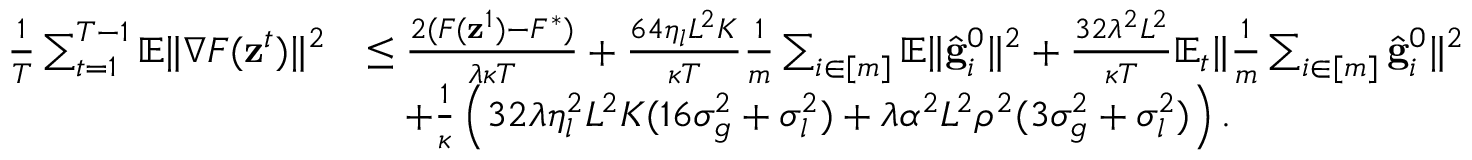
\begin{array} { r l } { \frac { 1 } { T } \sum _ { t = 1 } ^ { T - 1 } \mathbb { E } \Vert \nabla F ( \mathbf { z } ^ { t } ) \Vert ^ { 2 } } & { \leq \frac { 2 ( F ( \mathbf { z } ^ { 1 } ) - F ^ { * } ) } { \lambda \kappa T } + \frac { 6 4 \eta _ { l } L ^ { 2 } K } { \kappa T } \frac { 1 } { m } \sum _ { i \in [ m ] } \mathbb { E } \Vert \hat { \mathbf { g } } _ { i } ^ { 0 } \Vert ^ { 2 } + \frac { 3 2 \lambda ^ { 2 } L ^ { 2 } } { \kappa T } \mathbb { E } _ { t } \Vert \frac { 1 } { m } \sum _ { i \in [ m ] } \hat { \mathbf { g } } _ { i } ^ { 0 } \Vert ^ { 2 } } \\ & { \quad + \frac { 1 } { \kappa } \left( 3 2 \lambda \eta _ { l } ^ { 2 } L ^ { 2 } K ( 1 6 \sigma _ { g } ^ { 2 } + \sigma _ { l } ^ { 2 } ) + \lambda \alpha ^ { 2 } L ^ { 2 } \rho ^ { 2 } ( 3 \sigma _ { g } ^ { 2 } + \sigma _ { l } ^ { 2 } ) \right) . } \end{array}